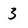
Character: 3